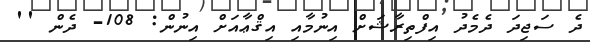
ދެ ސަޖިދަ ދެމެދު އިފްތިރާޝަށް އިނުމާއި އިޤްޢާއަށް އިނުން: 108- ދެން ''